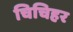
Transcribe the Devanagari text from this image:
चिचिहर